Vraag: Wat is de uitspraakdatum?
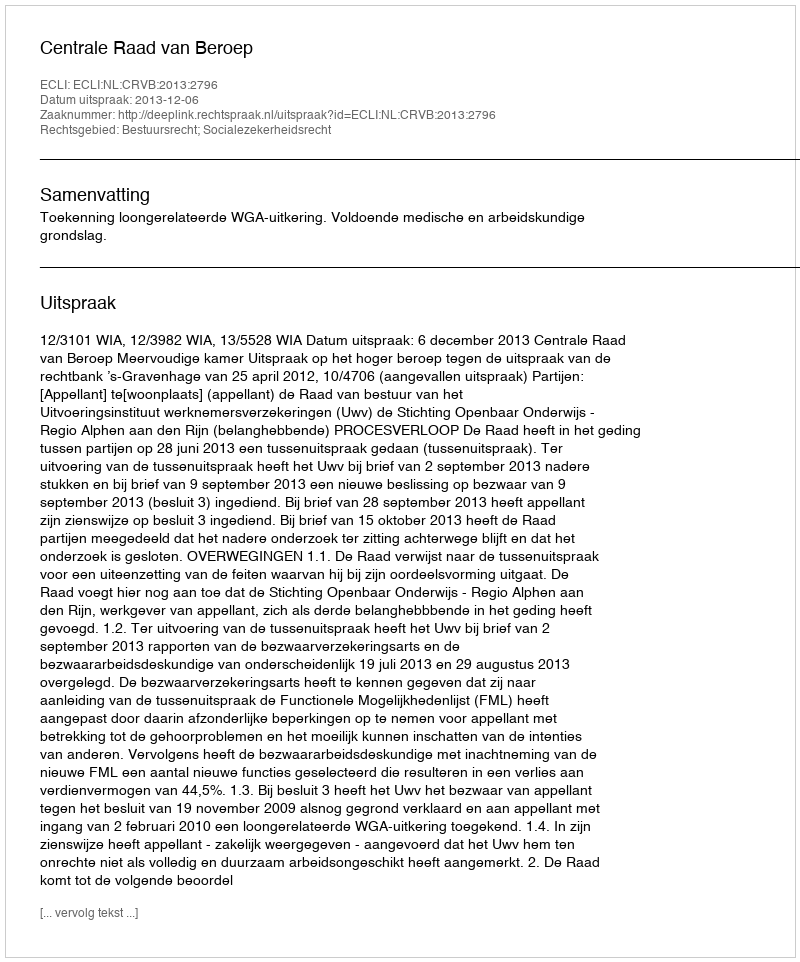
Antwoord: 2013-12-06